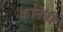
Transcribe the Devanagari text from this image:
कानेनी